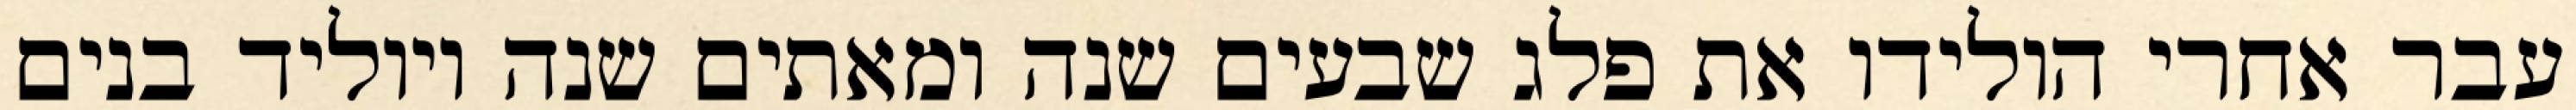
עבר אחרי הולידו את פלג שבעים שנה ומאתים שנה ויוליד בנים